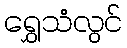
ရွှေသံလွင်